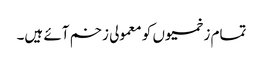
تمام زخمیوں کو معمولی زخم آئے ہیں۔